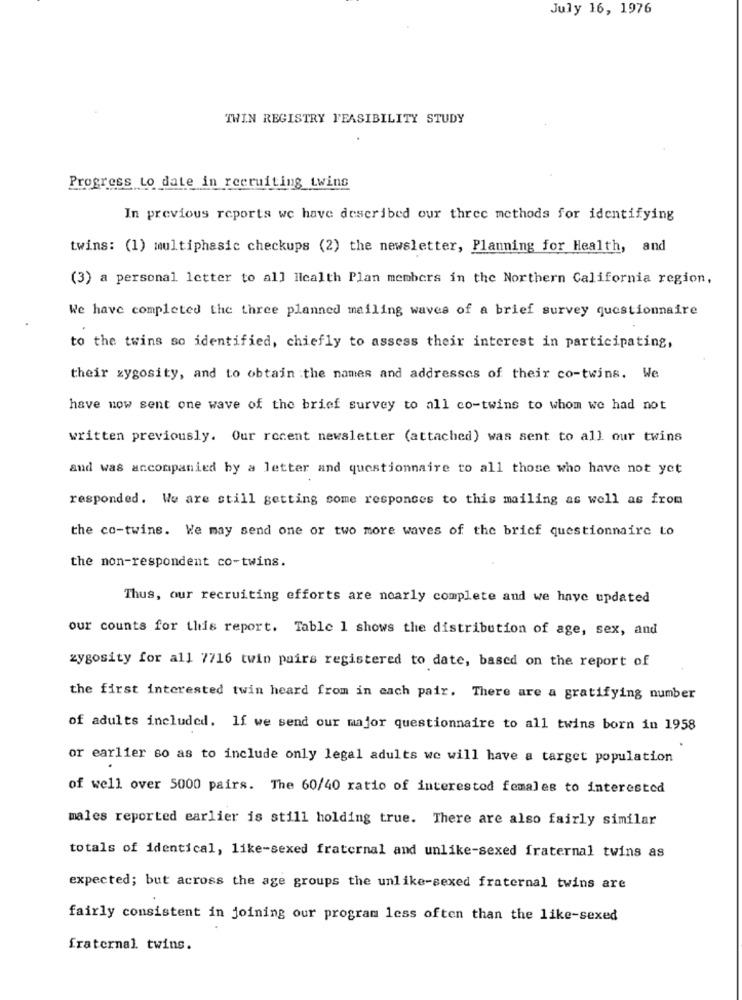
July 16, 1976
TWIN REGISTRY FEASIBILITY STUDY
Progress to date in recruiting twins
In previous reports we have described our three methods for identifying
twins: (1) multiphasic checkups (2) the newsletter, Planning for Health, and
(3) a personal letter to all Health Plan members in the Northern California region,
We have completed the three planned mailing waves of a brief survey questionnaire
to the twins so identified, chiefly to assess their interest in participating,
their zygosity, and to obtain :the names and addresscs of their co-twins. We
have now sent one wave of the brief survey to all co-twins to whom we had not
written previously. Our recent newsletter (attached) was sent to all our twins
and was accompanied by a letter and questionnaire to all those who have not yet
responded. We are still getting some responses to this mailing as well as from
the co-twins. We may send one or two more waves of the brief questionnaire to
the non-respondent co-twins.
Thus, our recruiting efforts are nearly complete and we have updated
our counts for this report. Table 1 shows the distribution of age, sex, and
zygosity for all 7716 twin pairs registered to date, based on the report of
the first interested twin heard from in each pair. There are a gratifying number
of adults included. If we send our major questionnaire to all twins born in 1958
or earlier so as to include only legal adults we will have a target population
of well over 5000 pairs. The 60/40 ratio of interestod females to interested
males reported earlier is still holding true. There are also fairly similar
totals of identical, like-sexed fraternal and unlike-sexed fraternal twins as
expected; but across the age groups the unlike-sexed fraternal twins are
fairly consistent in joining our program less often than the like-sexed
fraternal twins.